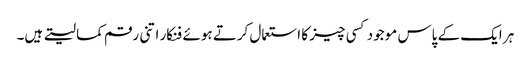
ہر ایک کے پاس موجود کسی چیز کا استعمال کرتے ہوئے فنکار اتنی رقم کما لیتے ہیں۔